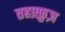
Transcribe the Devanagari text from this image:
तहफ़्फ़ुज़